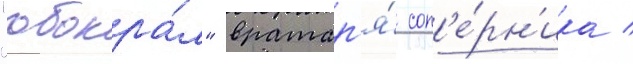
"обокра́л" вратар'я́ соп'е́рн'ика /